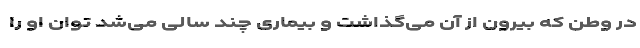
در وطن که بیرون از آن می‌گذاشت و بیماری چند سالی می‌شد توان او را